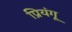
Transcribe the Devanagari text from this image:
प्रियंगू